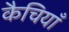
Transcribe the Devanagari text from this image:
कैचियाँ